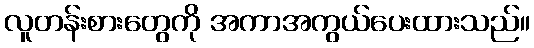
လူတန်းစားတွေကို အကာအကွယ်ပေးထားသည်။